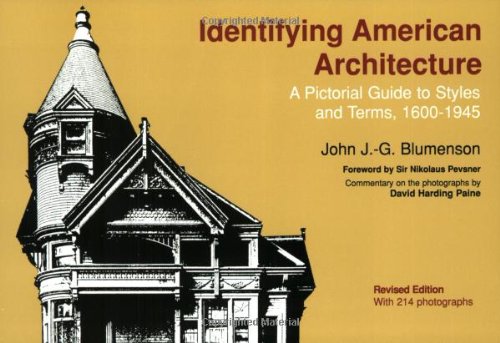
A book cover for Identifying American Architecture: A Pictorial Guide to Styles and Terms, 1600-1945; John J. G. Blumenson; Arts & Photography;